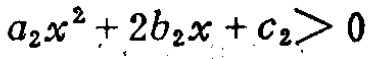
\(a_{2}x^{2}+2b_{2}x + c_{2}>0\)